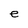
Character: e